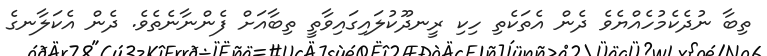
ތިބާ ނުދެކެމުހެއްޔެވެ ދެން އެތަކެތި ހިކި ރީނދޫކުލައިގައިވާތީ ތިބާއަށް ފެންނާނެތެވެ. ދެން އެކަލާނގެ